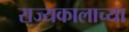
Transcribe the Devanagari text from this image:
राज्यकालाच्या